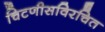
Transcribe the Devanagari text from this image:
चिटणीसविरचित